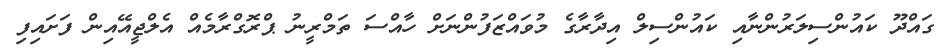
ގައްދޫ ކައުންސިލަރުންނާއި ކައުންސިލް އިދާރާގެ މުވައްޒަފުންނަށް ހާއްސަ ތަމްރީނު ޕްރޮގްރާމެއް އެލްޖީއޭއިން ފަށައިފި